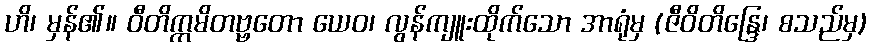
ဟိ၊ မှန်၏။ ဝီတိက္ကမိတဗ္ဗတော ယေဝ၊ လွန်ကျူးထိုက်သော အာရုံမှ (ဇီဝိတိန္ဒြေ၊ စသည်မှ)